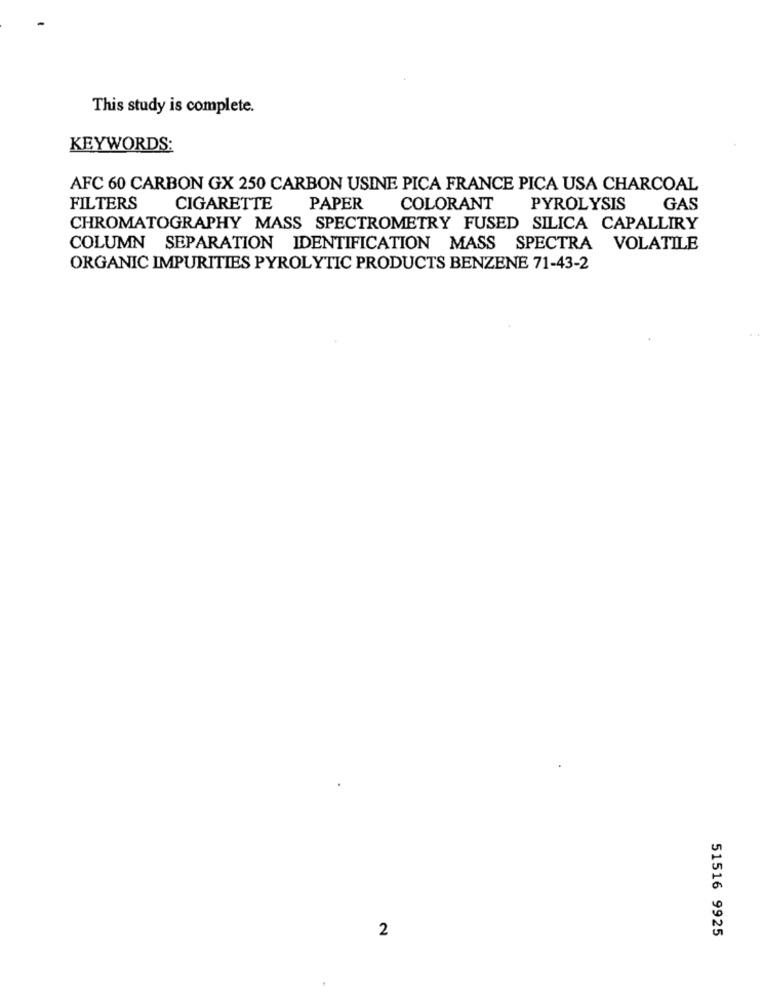
This study is complete.
KEYWORDS:
AFC 60 CARBON GX 250 CARBON USINE PICA FRANCE PICA USA CHARCOAL
FILTERS
CIGARETTE
PAPER
COLORANT
PYROLYSIS
GAS
CHROMATOGRAPHY MASS SPECTROMETRY FUSED SILICA CAPALLIRY
COLUMN SEPARATION IDENTIFICATION MASS SPECTRA VOLATILE
ORGANIC IMPURITIES PYROLYTIC PRODUCTS BENZENE 71-43-2
2
51516 9925